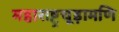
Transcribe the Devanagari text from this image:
महाराष्ट्रचूड़ामणि